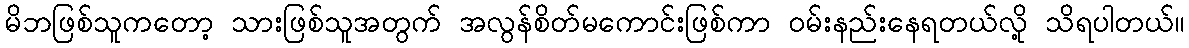
မိဘဖြစ်သူကတော့ သားဖြစ်သူအတွက် အလွန်စိတ်မကောင်းဖြစ်ကာ ဝမ်းနည်းနေရတယ်လို့ သိရပါတယ်။